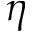
\eta